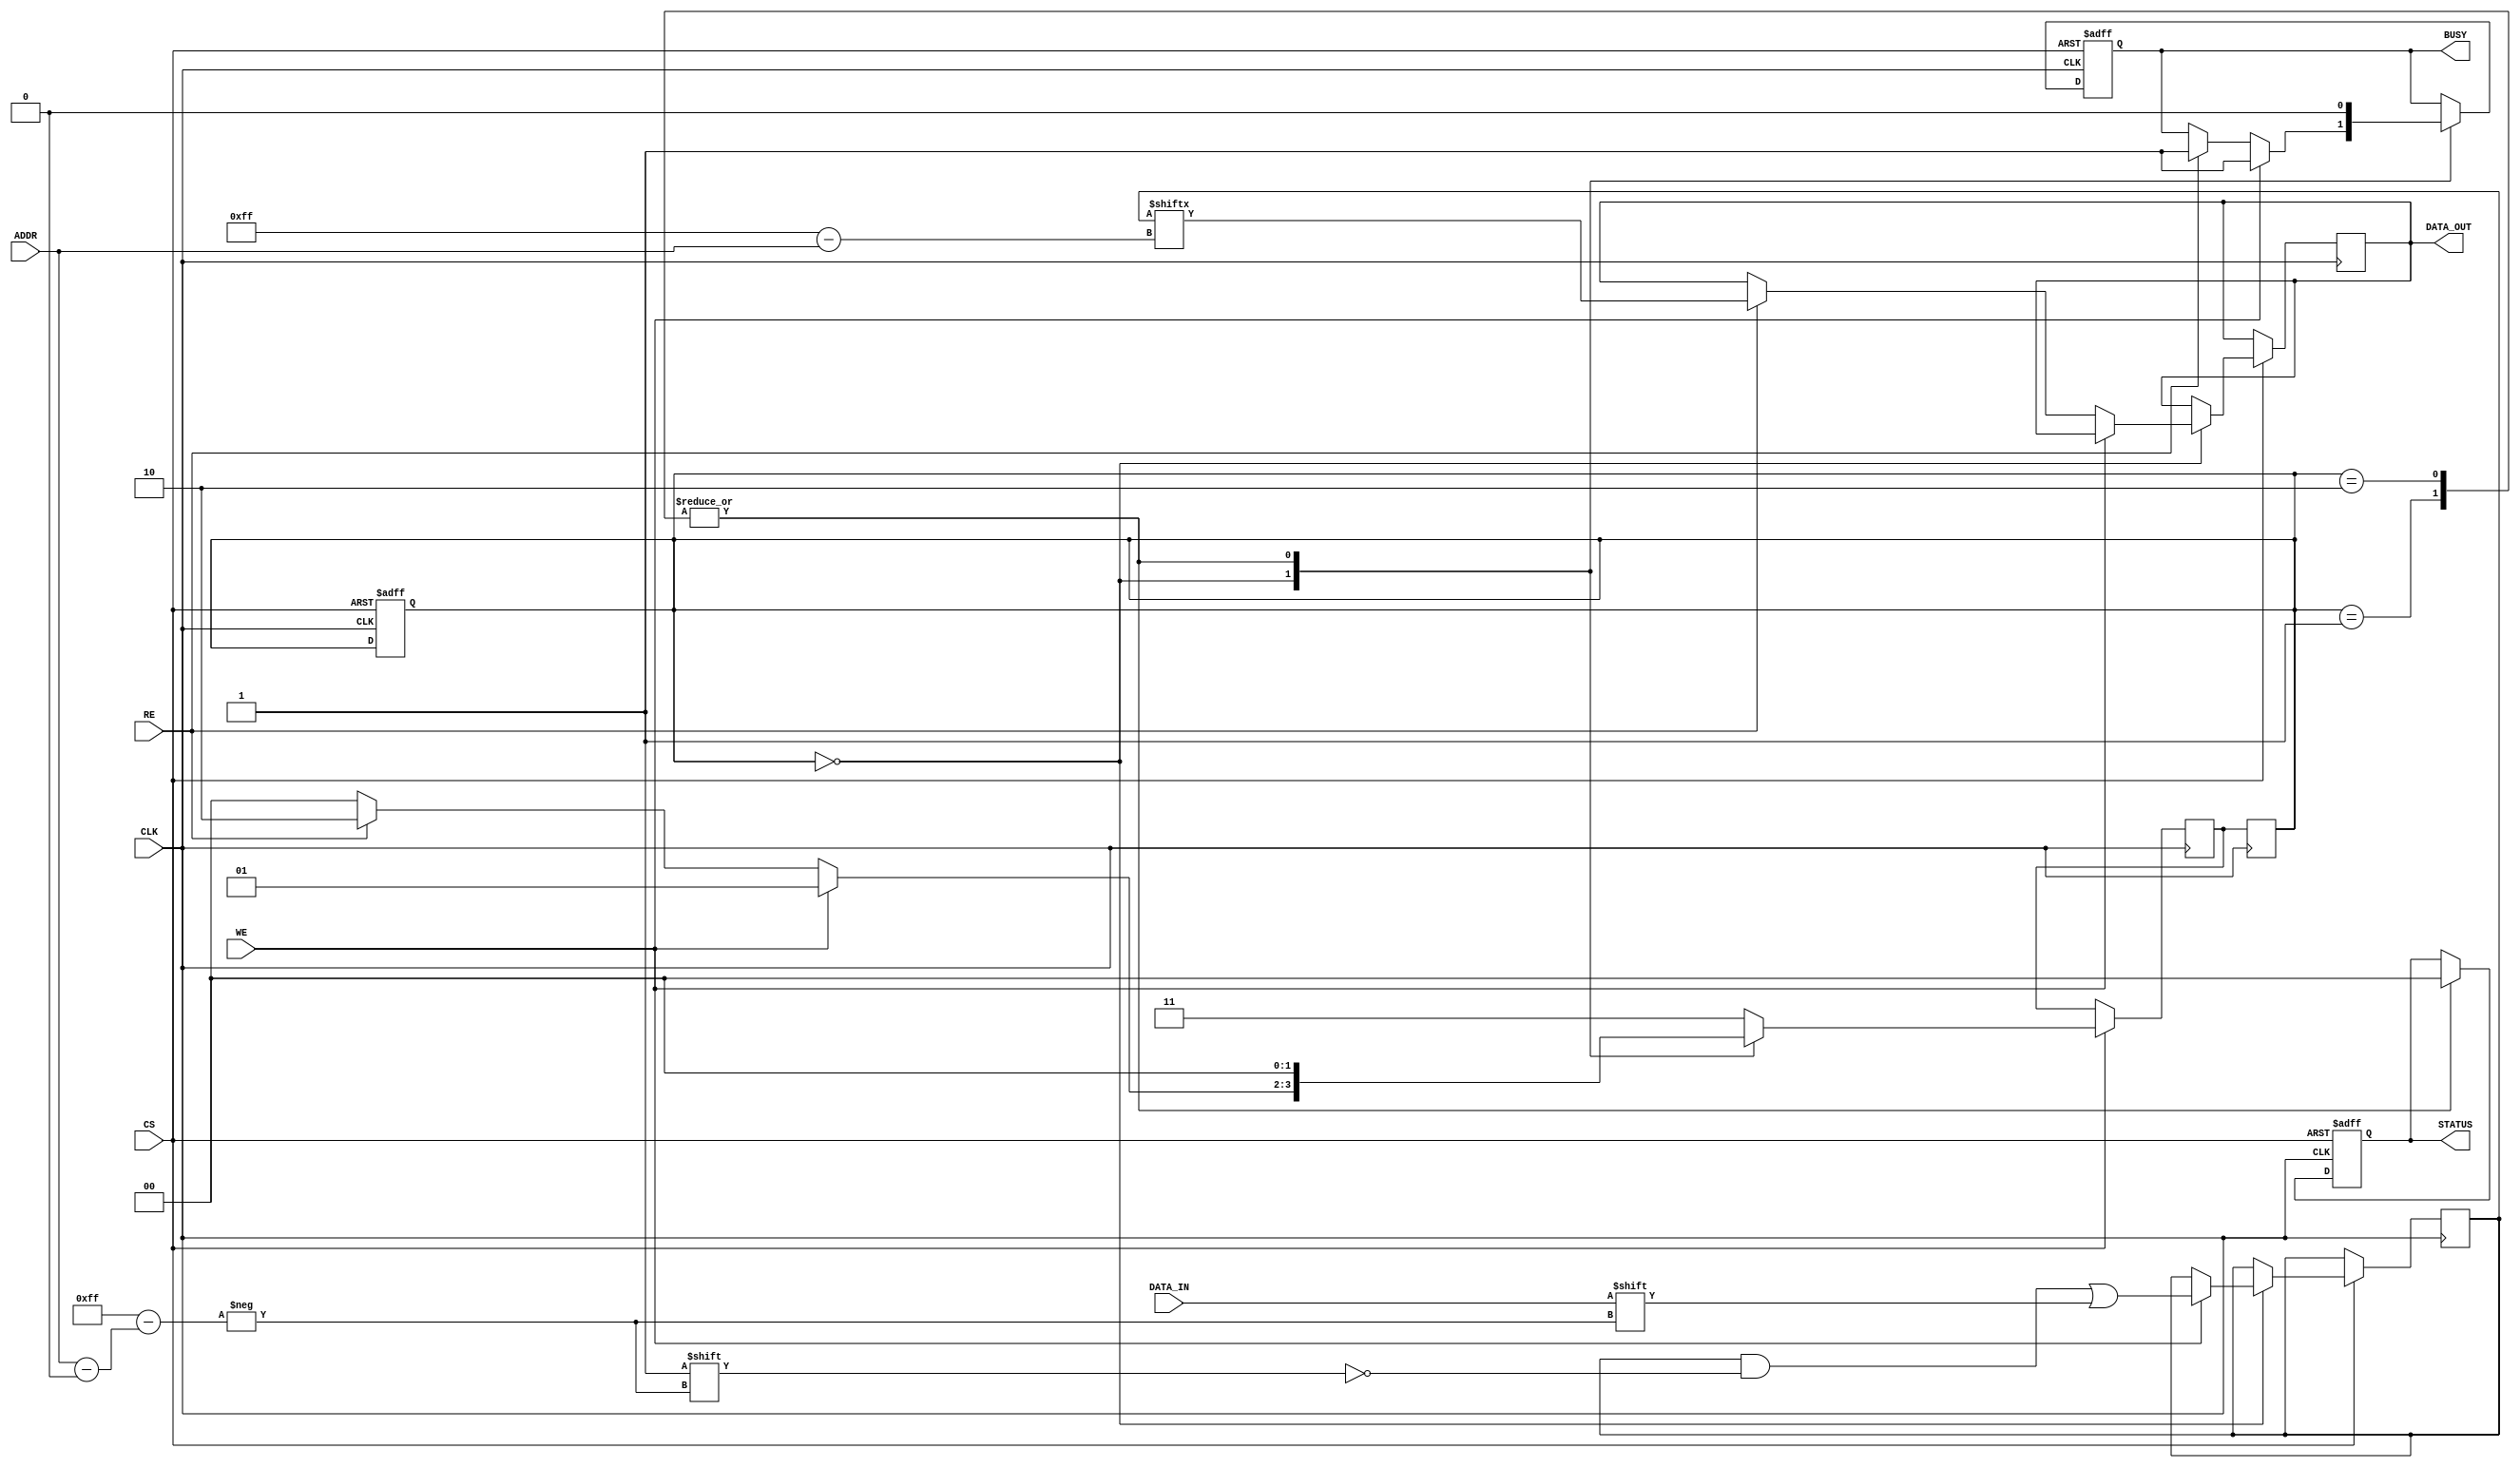
module slc_eeprom_io (
    input wire [ADDR_WIDTH-1:0] ADDR,   // Address Input
    input wire DATA_IN,                  // Data Input
    input wire WE,                       // Write Enable
    input wire RE,                       // Read Enable
    input wire CS,                       // Chip Select
    input wire CLK,                      // Clock
    output reg DATA_OUT,                 // Data Output
    output reg BUSY,                     // Busy Indicator
    output reg [1:0] STATUS              // Status Signal
);
    parameter ADDR_WIDTH = 8;           // Width of the address bus
    parameter MEMORY_SIZE = 256;        // Number of memory cells
    reg [0:MEMORY_SIZE-1] memory;       // Memory array to hold single-bit cells
    reg [1:0] state;                    // State for write operation
    reg [1:0] next_state;               // Next state for state machine

    // State Encoding
    localparam IDLE       = 2'b00;
    localparam WRITE      = 2'b01;
    localparam READ       = 2'b10;
    localparam ERROR      = 2'b11;

    // Initial conditions
    initial begin
        memory = 0;
        DATA_OUT = 0;
        BUSY = 0;
        STATUS = 2'b00; // 00: Success, 01: Write Error, 10: Read Error, 11: Idle
        state = IDLE;
    end

    // State machine for write/read operations
    always @(posedge CLK or negedge CS) begin
        if (!CS) begin
            // Chip Select deasserted: go to idle state
            state <= IDLE;
            BUSY <= 0;
            STATUS <= 2'b00;
        end else begin
            case (state)
                IDLE: begin
                    if (WE) begin
                        BUSY <= 1;
                        // Write operation
                        memory[ADDR] <= DATA_IN; // Store data at specified address
                        next_state <= WRITE;
                    end else if (RE) begin
                        BUSY <= 1;
                        // Read operation
                        DATA_OUT <= memory[ADDR]; // Output data from specified address
                        next_state <= READ;
                    end else begin
                        next_state <= IDLE;
                    end
                end
                
                WRITE: begin
                    // Completion of write
                    STATUS <= 2'b00; // Indicate success
                    BUSY <= 0;
                    next_state <= IDLE; // Return to idle
                end

                READ: begin
                    // Completion of read
                    STATUS <= 2'b00; // Indicate success
                    BUSY <= 0;
                    next_state <= IDLE; // Return to idle
                end

                default: next_state <= ERROR; // Error state handler
            endcase
        end
    end

    // Update current state
    always @(posedge CLK) begin
        state <= next_state;
    end

    // Additional error detection can be implemented here based on specific requirements

endmodule